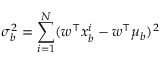
\sigma _ { b } ^ { 2 } = \sum _ { i = 1 } ^ { N } ( \boldsymbol { w ^ { \intercal } x _ { b } ^ { i } - w ^ { \intercal } \mu _ { b } } ) ^ { 2 }